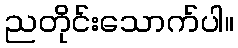
ညတိုင်းသောက်ပါ။